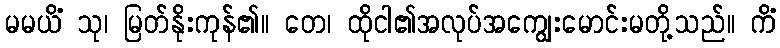
မမယိံ သု၊ မြတ်နိုးကုန်၏။ တေ၊ ထိုငါ၏အလုပ်အကျွေးမောင်းမတို့သည်။ ကိံ